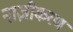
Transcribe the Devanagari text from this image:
नाज़ीकरण